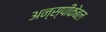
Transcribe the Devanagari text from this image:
अन्स्पीकेबल